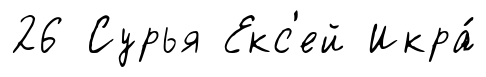
26 Сурья Екс'ей Икра́